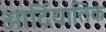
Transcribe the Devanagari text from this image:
आर्द्रियातिक